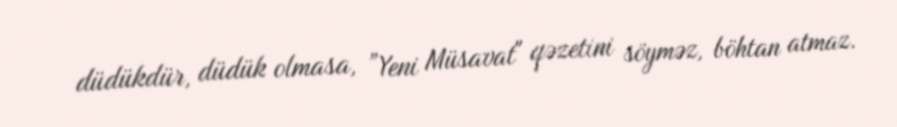
düdükdür, düdük olmasa, ”Yeni Müsavat" qəzetini söyməz, böhtan atmaz.